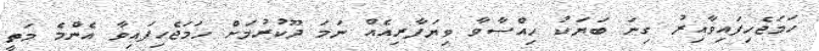
ހަމަޖެހިފައިވާއިރު ގިނަ ބަޔަކު ހިއްސާވާ ވިޔަފާރިއެއް ނަމަ ދޫކުރުމަށް ހަމަޖެހިފައިވާ އެންމެ މަތީ